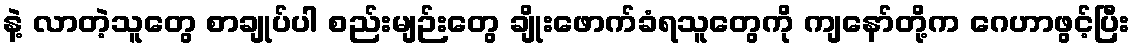
နဲ့ လာတဲ့သူတွေ စာချုပ်ပါ စည်းမျဉ်းတွေ ချိုးဖောက်ခံရသူတွေကို ကျနော်တို့က ဂေဟာဖွင့်ပြီး